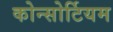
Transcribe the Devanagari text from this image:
कोन्सोर्टियम